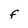
Character: F